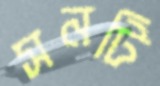
সনটি